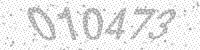
Solution: 010473